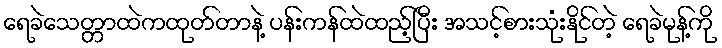
ရေခဲသေတ္တာထဲကထုတ်တာနဲ့ ပန်းကန်ထဲထည့်ပြီး အသင့်စားသုံးနိုင်တဲ့ ရေခဲမုန့်ကို